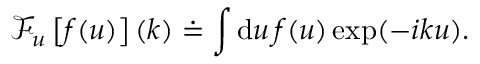
\mathcal { F } _ { u } \left[ f ( u ) \right] ( k ) \doteq \int \mathrm { d } u \, f ( u ) \exp ( - i k u ) .